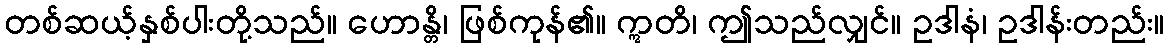
တစ်ဆယ့်နှစ်ပါးတို့သည်။ ဟောန္တိ၊ ဖြစ်ကုန်၏။ ဣတိ၊ ဤသည်လျှင်။ ဥဒါနံ၊ ဥဒါန်းတည်း။